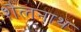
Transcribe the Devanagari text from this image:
शैलनाथ